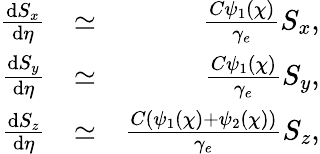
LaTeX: \begin{array}{rlr}{\frac{\mathrm{d}{S_{x}}}{\mathrm{d}\eta}}&{\simeq}&{\frac{C\psi_{1}(\chi)}{\gamma_{e}}S_{x},}\\ {\frac{\mathrm{d}{S_{y}}}{\mathrm{d}\eta}}&{\simeq}&{\frac{C\psi_{1}(\chi)}{\gamma_{e}}S_{y},}\\ {\frac{\mathrm{d}{S_{z}}}{\mathrm{d}\eta}}&{\simeq}&{\frac{C(\psi_{1}(\chi)+\psi_{2}(\chi))}{\gamma_{e}}S_{z},}\end{array}